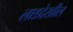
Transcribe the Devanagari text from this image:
लाडदेखील